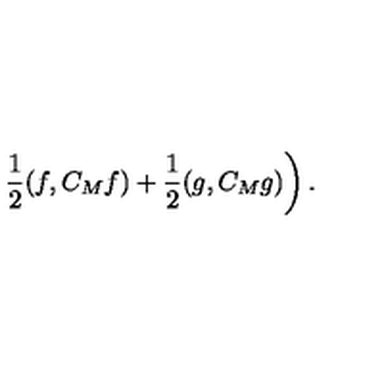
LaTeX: \left. \frac { 1 } { 2 } ( f , C _ { M } f ) + \frac { 1 } { 2 } ( g , C _ { M } g ) \right) .